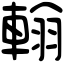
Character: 𨌺